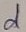
Text: d